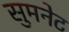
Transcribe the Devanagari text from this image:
सुमनेट